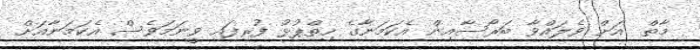
މާތް  އަށް ވެލައްވާ ބަރޯސާއިން އެކަމަނާގެ ހިތްޕުޅު ފުރިފައި ވީނަމަވެސް އެކަމަނާއަށް